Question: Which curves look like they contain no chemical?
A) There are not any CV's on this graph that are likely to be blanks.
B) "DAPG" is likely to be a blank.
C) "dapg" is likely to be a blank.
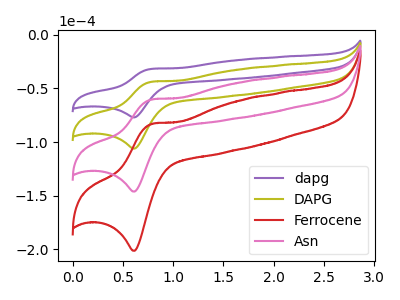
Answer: <think>The purple curve "dapg" has an anodic peak at (0.80V, -31.80uA) and a cathodic peak at (0.60V, -76.90uA). The olive curve "DAPG" has an anodic peak at (0.80V, -43.85uA) and a cathodic peak at (0.60V, -106.00uA). The red curve "Ferrocene" has an anodic peak at (0.80V, -131.50uA) and a cathodic peak at (0.60V, -317.95uA). The pink curve "Asn" has an anodic peak at (0.80V, -87.65uA) and a cathodic peak at (0.60V, -211.95uA).</think>
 <answer>A) There are not any CV's on this graph that are likely to be blanks.</answer>
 <eval>A</eval>